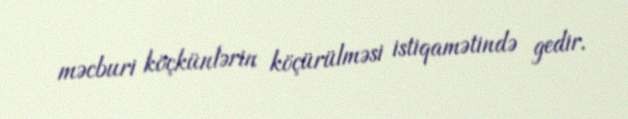
məcburi köçkünlərin köçürülməsi istiqamətində gedir.